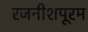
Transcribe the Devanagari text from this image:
रजनीशपूरम